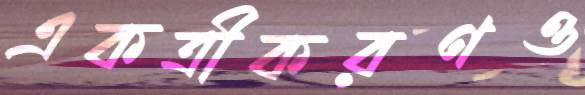
একত্রীকরণও